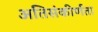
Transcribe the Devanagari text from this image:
अतिसंकीर्णता